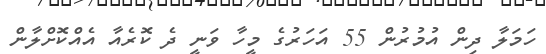
ހަމަލާ ދިން އުމުރުން 55 އަހަރުގެ މީހާ ވަނީ ދެ ކޮރެއާ އެއްކޮށްލާން